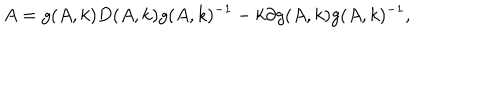
A = g ( A , k ) D ( A , k ) g ( A , k ) ^ { - 1 } - k \partial g ( A , k ) g ( A , k ) ^ { - 1 } ,